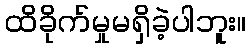
ထိခိုက်မှုမရှိခဲ့ပါဘူး။